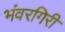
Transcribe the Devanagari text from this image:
भंवरगिरी